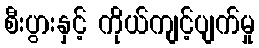
စီးပွားနှင့် ကိုယ်ကျင့်ပျက်မှု